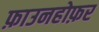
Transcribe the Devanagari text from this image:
फ़ाउनहोफ़र